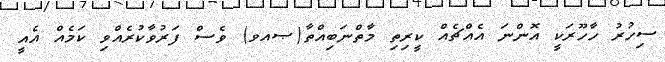
ސިހުރު ހާހޫރަކީ އޮންނަ އެއްޗެއް ކީރިތި މާތްނަބިއްތާ(ޞއވ) ވެސް ފަރުވާކުރެއްވި ކަމެއް އެއީ